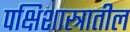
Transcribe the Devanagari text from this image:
पक्षिशास्त्रातील